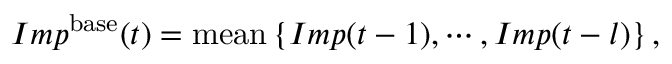
I m p ^ { \mathrm { b a s e } } ( t ) = { \mathrm { m e a n } } \left\{ I m p ( t - 1 ) , \cdots , I m p ( t - l ) \right\} ,